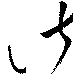
諸